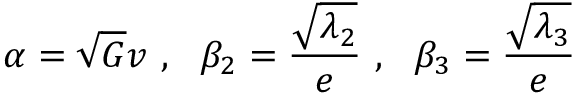
\alpha = \sqrt { G } v \ , \ \ \beta _ { 2 } = \frac { \sqrt { \lambda _ { 2 } } } { e } \ , \ \ \beta _ { 3 } = \frac { \sqrt { \lambda _ { 3 } } } { e }